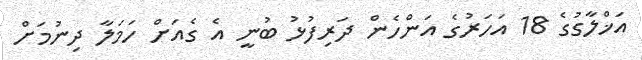
އަޚްލާގުގެ 18 އަހަރުގެ އަންހެން ދަރިފުޅު ބުނީ އެ ގެއަށް ހަމަލާ ދިނުމަށް